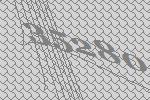
35280